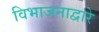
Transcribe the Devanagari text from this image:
विभाजनाद्वारे